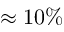
\approx 1 0 \%